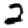
Digit: 2